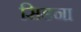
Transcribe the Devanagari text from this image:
सिडना